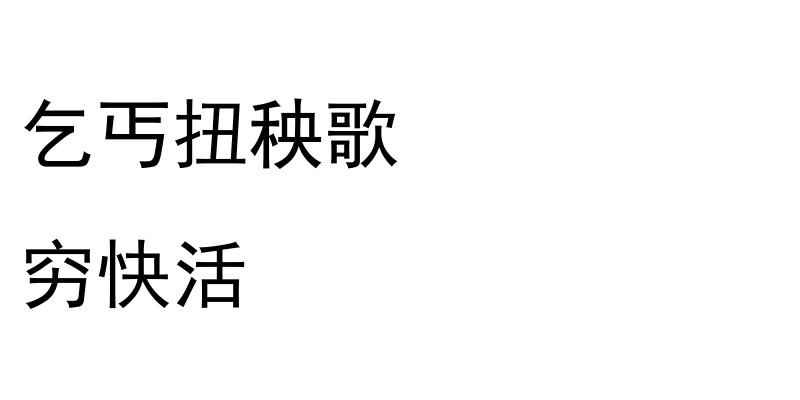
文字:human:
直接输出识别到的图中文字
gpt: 乞丐扭秧歌 穷快活